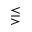
\lesseqgtr